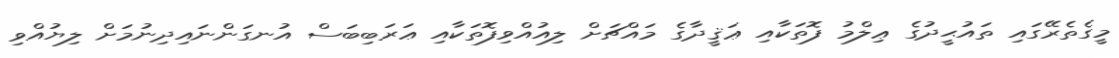
މީގެތެރޭގައި ތައުޙީދުގެ ޢިލްމު ފޮތަކާއި ޢަޤީދާގެ މައްޗަށް ލިއުއްވިފޮތަކާއި ޢަރަބިބަސް އުނގަންނައިދިނުމަށް ލިޔުއްވި